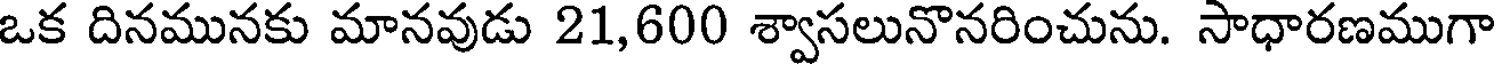
ఒక దినమునకు మానవుడు 21,600 శ్వాసలునొనరించును. సాధారణముగా